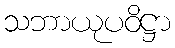
သဘာယုပဝိဋ္ဌာ